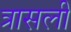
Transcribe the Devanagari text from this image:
त्रासली